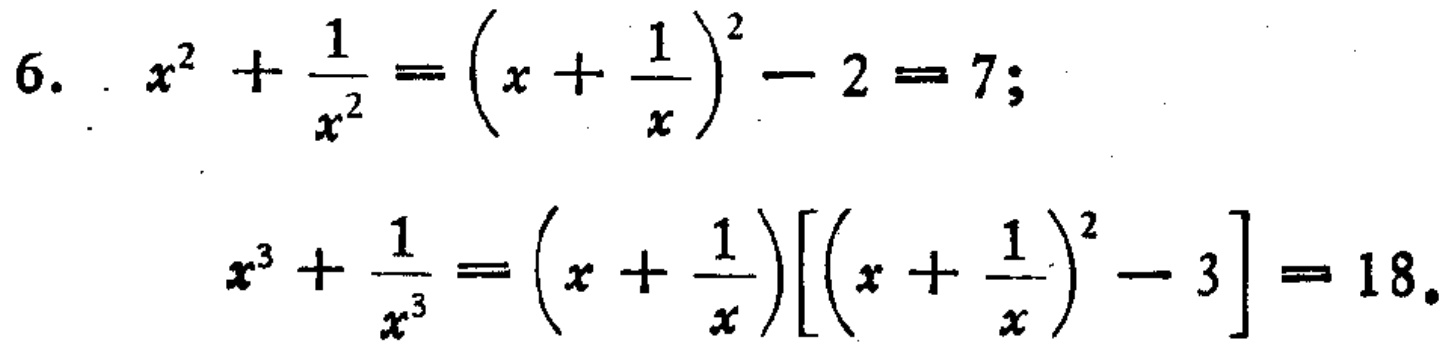
6. \(x^{2}+\frac{1}{x^{2}}=(x + \frac{1}{x})^{2}-2 = 7\);

\(x^{3}+\frac{1}{x^{3}}=(x+\frac{1}{x})[(x + \frac{1}{x})^{2}-3]=18\).